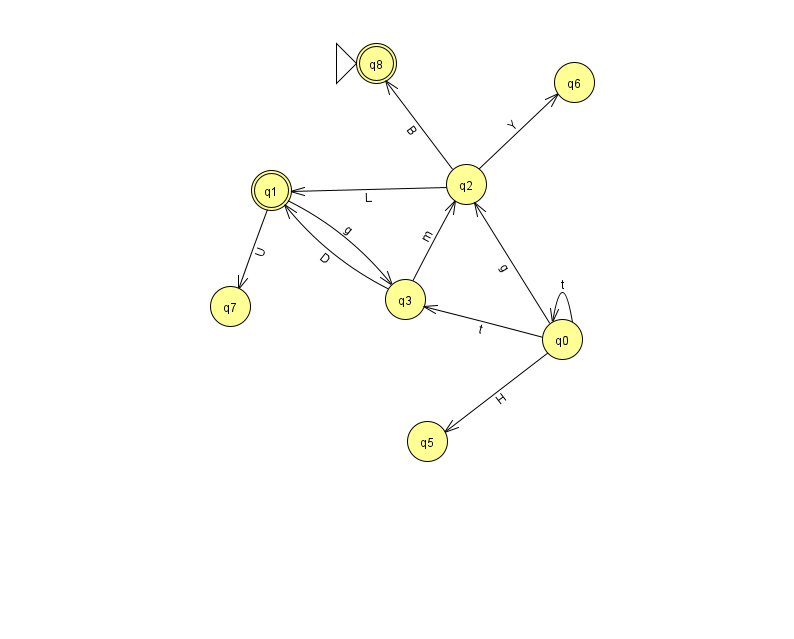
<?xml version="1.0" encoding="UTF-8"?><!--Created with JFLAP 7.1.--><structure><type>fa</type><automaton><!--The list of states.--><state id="0" name="q0"><x>562.0</x><y>326.0</y></state><state id="1" name="q1"><x>271.0</x><y>177.0</y><final/></state><state id="2" name="q2"><x>466.0</x><y>171.0</y></state><state id="3" name="q3"><x>405.0</x><y>286.0</y></state><state id="5" name="q5"><x>427.0</x><y>428.0</y></state><state id="6" name="q6"><x>574.0</x><y>69.0</y></state><state id="7" name="q7"><x>230.0</x><y>293.0</y></state><state id="8" name="q8"><x>376.0</x><y>50.0</y><initial/><final/></state><!--The list of transitions.--><transition><from>0</from><to>5</to><read>H</read></transition><transition><from>2</from><to>8</to><read>B</read></transition><transition><from>2</from><to>6</to><read>Y</read></transition><transition><from>0</from><to>0</to><read>t</read></transition><transition><from>0</from><to>3</to><read>t</read></transition><transition><from>3</from><to>2</to><read>m</read></transition><transition><from>1</from><to>7</to><read>U</read></transition><transition><from>1</from><to>3</to><read>g</read></transition><transition><from>2</from><to>1</to><read>L</read></transition><transition><from>3</from><to>1</to><read>D</read></transition><transition><from>0</from><to>2</to><read>g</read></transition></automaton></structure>